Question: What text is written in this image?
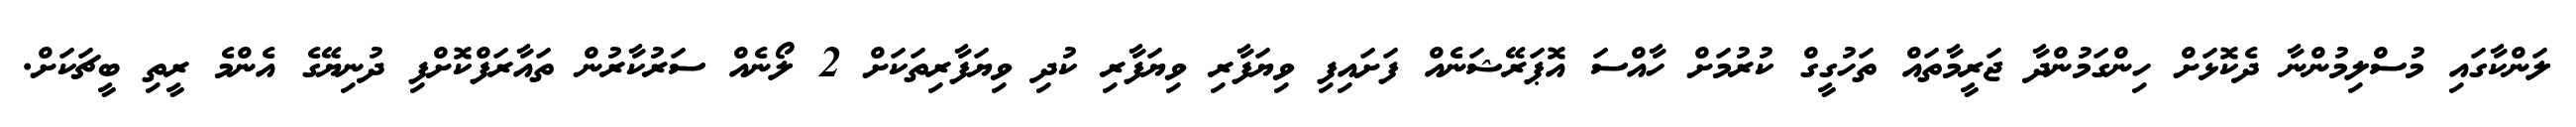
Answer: ލަންކާގައި މުސްލިމުންނާ ދެކޮޅަށް ހިންގަމުންދާ ޖަރީމާތައް ތަހުގީގް ކުރުމަށް ހާއްސަ އޮޕަރޭޝަނެއް ފަށައިފި ވިޔަފާރި ވިޔަފާރި ކުދި ވިޔަފާރިތަކަށް 2 ލޯނެއް ސަރުކާރުން ތައާރަފްކޮށްފި ދުނިޔޭގެ އެންމެ ރީތި ބީޗަކަށް.